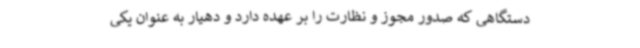
دستگاهی که صدور مجوز و ‌نظارت را بر عهده دارد و دهیار به عنوان یکی